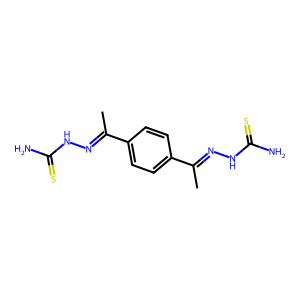
SMILES: CC(=NNC(N)=S)c1ccc(C(C)=NNC(N)=S)cc1
Inhibits HIV replication: No